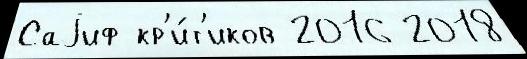
Саjиф кр'и́т'иков 2016 2018